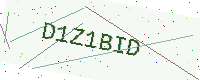
Text: D1Z1BID